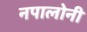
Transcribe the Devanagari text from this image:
नपालोनी